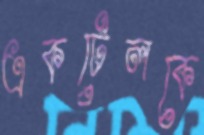
একটেলকে